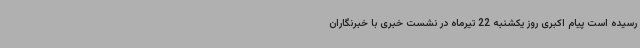
رسیده است پیام اکبری روز یکشنبه 22 تیرماه در نشست خبری با خبرنگاران